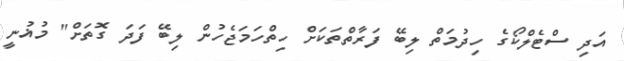
އަދި ސްޓެލްކޯގެ ހިދުމަތް ލިބޭ ފަރާތްތަކަށް ހިތްހަމަޖެހުން ލިބޭ ފަދަ ގޮތަށް" މުޣުނީ